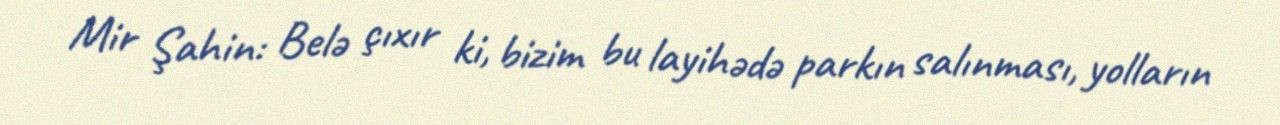
Mir Şahin: Belə çıxır ki, bizim bu layihədə parkın salınması, yolların